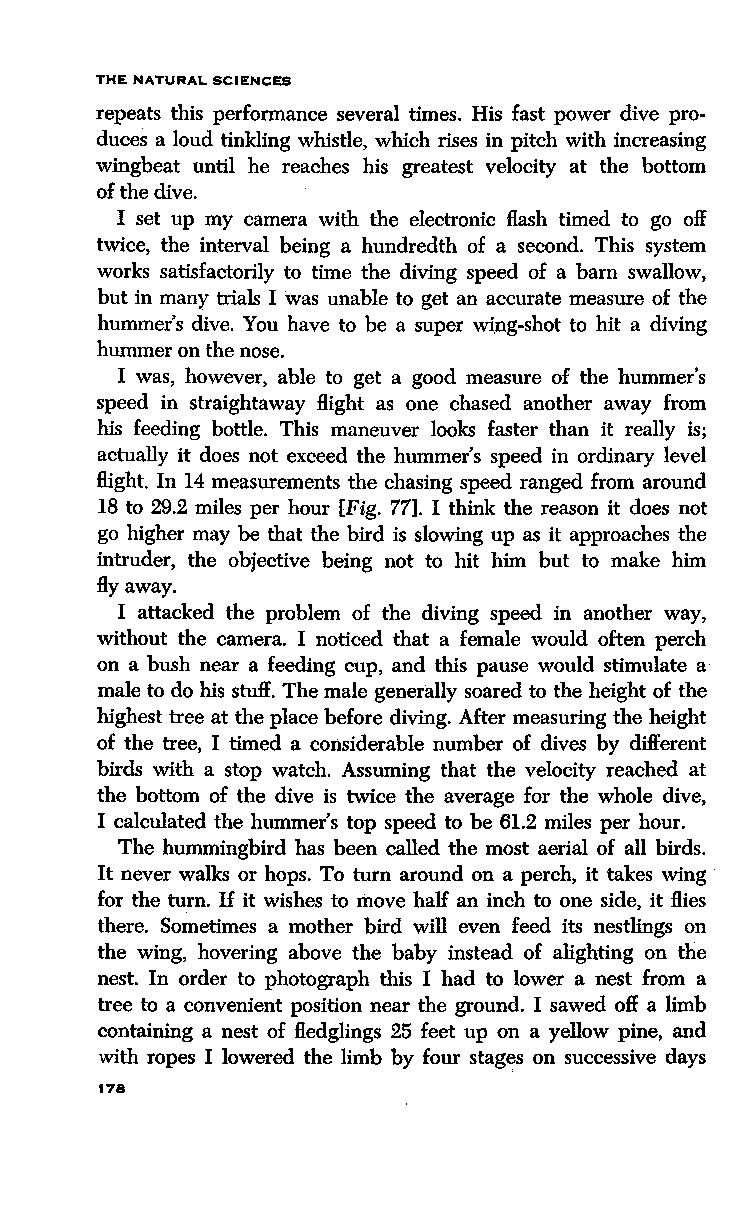
THE NATURAL SCIENCES
 repeats this performance several times. His fast power dive pro
 duces a loud tinkling whistle, which rises in pitch with increasing
 wingbeat until he reaches his greatest velocity at the bottom
 of the dive.
 I set up my camera with the electronic Hash timed to go off
 twice, the interval being a hundredth of a second. This system
 works satisfactorily to time the diving speed of a barn swallow,
 but in many trials I was unable to get an accurate measure of the
 hummer's dive. You have to be a super wi_ng-shot to hit a diving
 hummer on the nose.
 I was, however, able to get a good measure of the hummer's
 speed in straightaway Hight as one chased another away from
 his feeding bottle. This maneuver looks faster than it really is;
 actually it does not exceed the hummer's speed in ordinary level
 Hight. In 14 measurements the chasing speed ranged from around
 18 to 29.2 miles per hour [Fig. 77]. I think the reason it does not
 go higher may be that the bird is slowing up as it approaches the
 intruder, the objective being not to hit him but to make him
 flyaway.
 I attacked the problem of the diving speed in another way,
 without the camera. I noticed that a female would often perch
 on a bush near a feeding cup, and this pause would stimulate a·
 male to do his stuff. The male generally soared to the height of the
 highest tree at the place before diving. Mter measuring the height
 of the tree, I timed a considerable number of dives by different
 birds with a stop watch. Assuming that the velocity reached' at
 the bottom of the dive is twice the average for the whole dive,
 I calculated the hummer's top speed to be 61.2 miles per hour.
 The hummingbird has been called the most aerial of all birds.
 It never walks or hops. To turn around on a perch, it takes wing
 for the turn. U it wishes to move half an inch to one side, it Hies
 there. Sometimes a mother bird will even feed its nestlings on
 the wing,. hovering above the baby instead of alighting on the
 nest. In order to photograph this I had to lower a nest from a
 tree to a convenient position near the ground. I sawed off a limb
 containing a nest of fledglings 25 feet up on a yellow pine, and
 with ropes I lowered the limb by four stag~s on successive days
 178